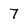
Character: 7